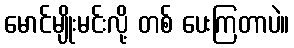
မောင်မျိုးမင်းလို့ တစ် ပေးကြတာပဲ။